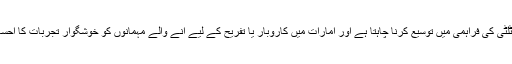
ہوٹل دبئی میں ہاسپٹلٹی کی فراہمی میں توسیع کرنا چاہتا ہے اور امارات میں کاروبار یا تفریح کے لیے آنے والے مہمانوں کو خوشگوار تجربات کا احساس کرانا چاہتا ہے۔